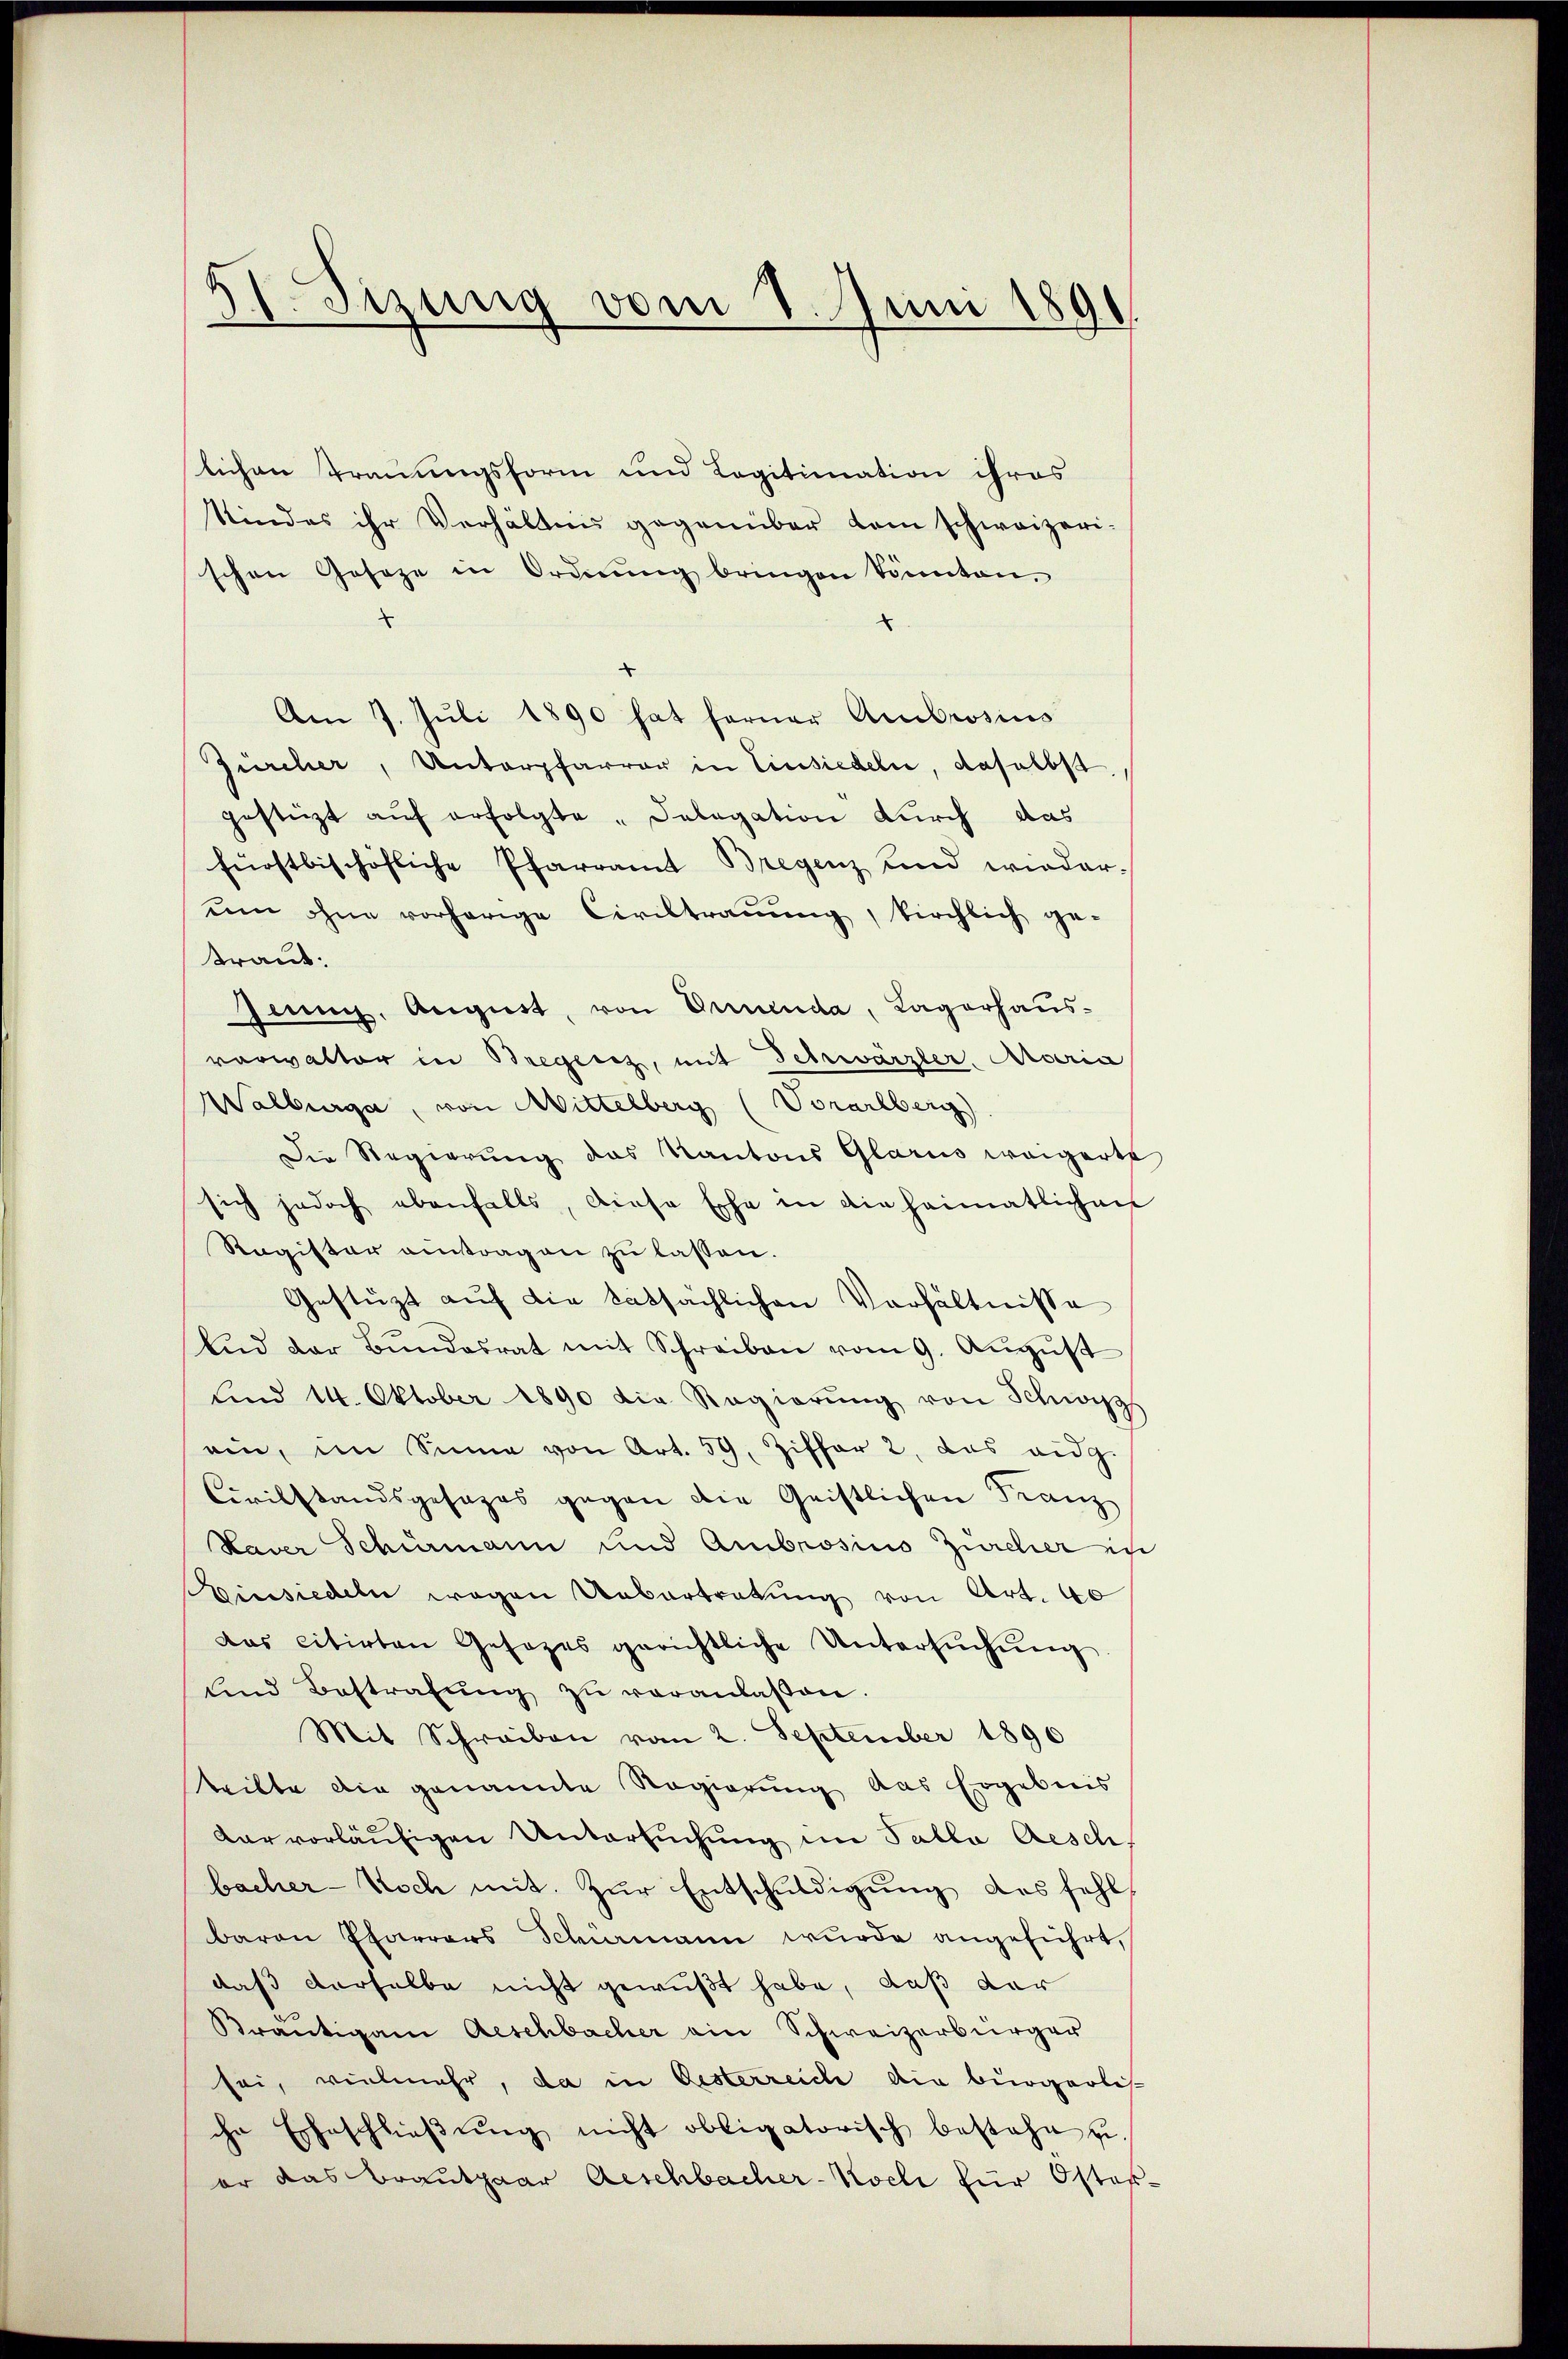
11. Jezung vom 1. Juni 189

slichen Trauungsform und Legitimation ihres
Kindes ihr Verhältnis gegenüber dem schweizeri-
schen Geseze in Ordnŭng bringen könnten.
x
2
Am 7. Juli 1890 hat ferner Ambrosius
Zürcher, Unterpfarrer in Einsiedeln, daselbst
gestützt aŭf erfolgte „Sabagation durch das
fürstbischöfliche Pfarramt Bregenz und wieder-
ŭm ohne vorherige Civiltraŭŭng, kirchlich ge-
traut.
Ginng, August, von Gruenda, Lagerhaus-
vorwalter in Bregerz, mit Schwärzler Arberic
Walburger, von Mittelberg (Vorarlberg
Die Regierung das Kantons Glarus weigerte
sich jedoch ebenfalls, diese Ehe in die heimatlichen
Ragister antragen zu lassen.
Gestützt auf die tatsächlichen Verhältnisse
lid der Bŭndesrat mit Schreiben vom 9. Aŭgŭst
Sind 14. Oktober 1890 die Regierŭng von Schwyz
ein, im Sinne von Art. 59. Ziffer 2, das eidg.
Civilstandsgesages gegen die Geistlichen Franz
Haver Schürmann und Ambrosius Zürcher in
einsiedeln wegen Uebertretung von Art. 40
das citirten Gesezes gerichtliche Untersŭchŭng
ŭnd Bestrafŭng zŭ veranlassen.
Mit Schreiben vom 2. September 1890
teilte die genannte Regierung das Ergebnis
dar vorläufigen Untersuchung im Talla Aesch
bacher-Noch mit. Zur Entschuldigung des fehl
baron Pfarrers Schirmann wurde angeführt,
daß derselbe nicht gewußt habe, daß der
Kräutigam Aeschbacher ain Schweizerbürger
sei, vielmehr, da in Oesterreiche die bürgerlis-
che Eheschlieβŭng nicht obligatorisch bestehe z.
er das Brautpaar Aeschbacher-Koeli für Oster-